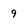
Character: 9